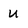
Character: u